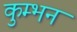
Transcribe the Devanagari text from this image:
कुम्भन